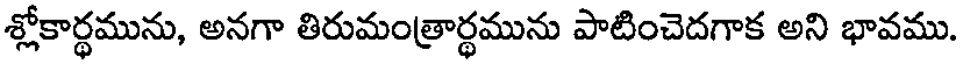
శ్లోకార్థమును, అనగా తిరుమంత్రార్థమును పాటించెదగాక అని భావము.